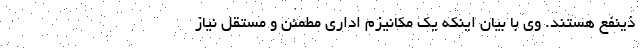
ذینفع هستند. وی با بیان اینکه یک مکانیزم اداری مطمئن و مستقل نیاز